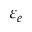
\varepsilon _ { e }